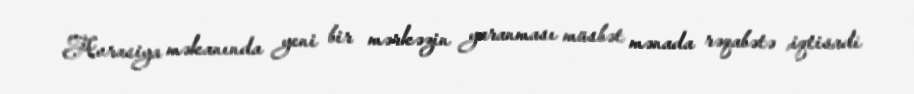
Avrasiya məkanında yeni bir mərkəzin yaranması müsbət mənada rəqabətə ,iqtisadi